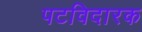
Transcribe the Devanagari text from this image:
पटविदारक